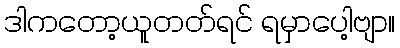
ဒါကတော့ယူတတ်ရင် ရမှာပေါ့ဗျာ။